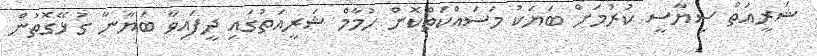
ޝަރީއަތް ސިޔާސީ ކުރުމަށް ބަޔަކު މަސައްކަތްކޮށް ހުމާމް ޝަރީއަތުގައި ދީފައިވާ ބަޔާނާ ގުޅޭގޮތުން